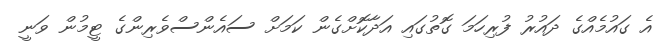
އެ ގައުމެއްގެ ދައުރު ފުރިހަމަ ގޮތުގައި އަދާކޮށްގެން ކަމަށް ސައެންސްވެރިންގެ ޓީމުން ވަނީ